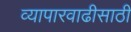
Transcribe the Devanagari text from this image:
व्यापारवाढीसाठी